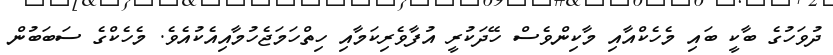
ދުވަހުގެ ބާކީ ބައި މެހެކްއާއި މާކިންވެސް ހޭދަކުރީ އުފާވެރިކަމާއި ހިތްހަމަޖެހުމާއިއެކުއެވެ. މެހެކްގެ ސަބަބުން